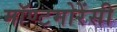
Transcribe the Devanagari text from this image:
मॉण्टमोरेंसी